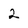
Character: 2